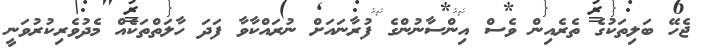
ޖެހޭ ބަލިތަކުގެ ތެރެއިން ވެސް އިންސާނުންގެ ފުރާނައަށް ނުރައްކާވާ ފަދަ ހާލަތްތަކެއް މެދުވެރިކުރުވަނީ